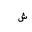
Letter: _shin